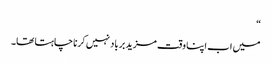
“
میں اب اپنا وقت مزید برباد نہیں کرنا چاہتا تھا۔